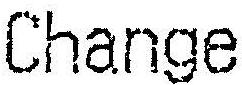
CHANGE